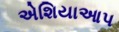
એશિયાઆપ